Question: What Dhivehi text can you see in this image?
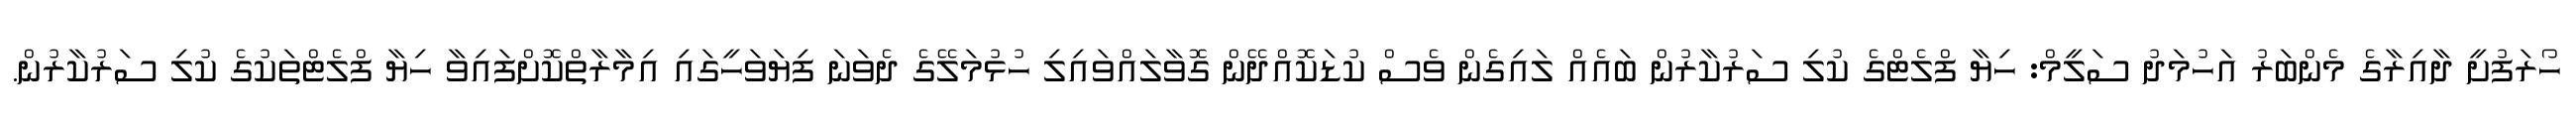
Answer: ހޯރަފުށީ ދާއިރާގެ މެންބަރު އަހުމަދު ސަލީމް: ހިޔާ ފްލެޓްގެ ކުލި ސަރުކާރުން ބައެއް ލައިގެން ވެސް ކުޑަކޮއްދޭން ގޮވާލައްވައިލި ހުޅުމަލޭގެ ދެވަނަ ފިޔަވަހީގައި އިމާރާތްކޮށްފައިވާ ހިޔާ ފްލެޓްތަކުގެ ކުލި ސަރުކާރުން.